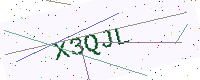
Text: X3QJL